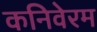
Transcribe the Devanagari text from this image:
कनिवेरम